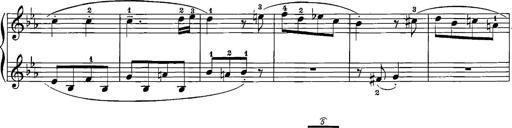
Title: 12 Sonatinas
Composer: Ignaz Pleyel